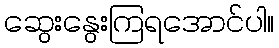
ဆွေးနွေးကြရအောင်ပါ။